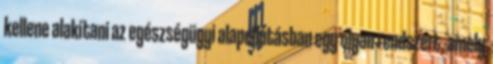
kellene alakítani az egészségügyi alapellátásban egy olyan rendszert, amely